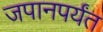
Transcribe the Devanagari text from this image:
जपानपर्यंत